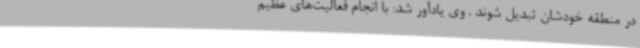
در منطقه خودشان تبدیل شوند . وی یادآور شد: با انجام فعالیت‌های عظیم